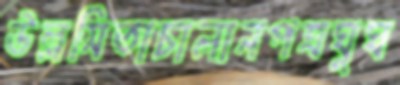
উল্লসিতাচালানপত্রঘুঘ